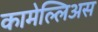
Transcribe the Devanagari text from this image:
कामेल्लिअस